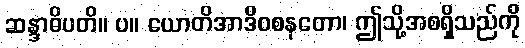
ဆန္ဒာဓိပတိ။ ပ။ ယောတိအာဒိဝစနတော၊ ဤသို့အစရှိသည်ကို